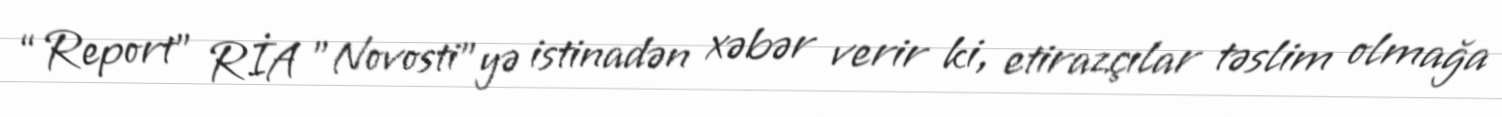
“Report” RİA "Novosti"yə istinadən xəbər verir ki, etirazçılar təslim olmağa